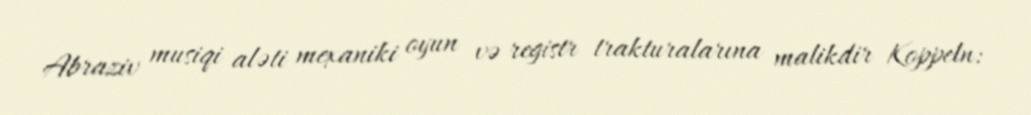
Abraziv musiqi aləti mexaniki oyun və registr trakturalarına malikdir Koppeln: